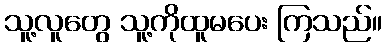
သူ့လူတွေ သူ့ကိုထူမပေး ကြသည်။